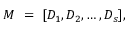
M \ = \ [ D _ { 1 } , D _ { 2 } , \dots , D _ { s } ] ,